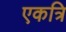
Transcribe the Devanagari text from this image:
एकत्रि